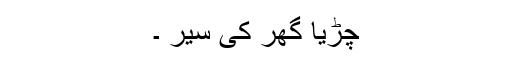
چڑیا گھر کی سیر ۔